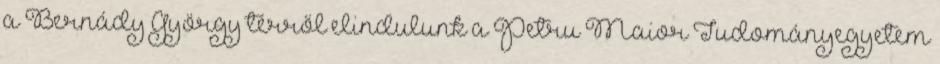
a Bernády György térről elindulunk a Petru Maior Tudományegyetem